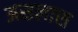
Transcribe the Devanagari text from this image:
असलास